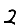
Digit: 2